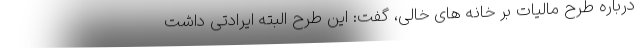
درباره طرح مالیات بر خانه های خالی، گفت: این طرح البته ایرادتی داشت